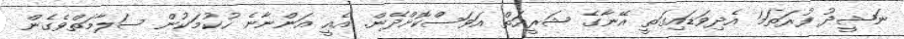
ނަޝީދު ފުރަތަމަ އެދިވަޑައިގަތީ އޭނާގެ ޝަރީއަތް އަވަސްކޮށްދޭން. އެއީ އަންނާނެ ހުކުމަކުން ސަލާމަތްވެގެން